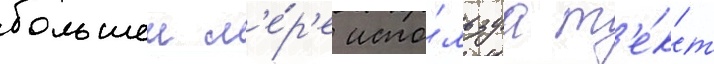
большеи м'е́р'е испо́льзуа т'е́кст